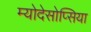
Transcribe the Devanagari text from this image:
म्योदेसोप्सिया